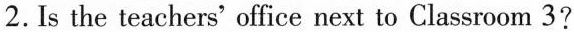
2.Is the teachers' office next to Classroom 3?